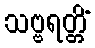
သဗ္ဗရတ္တိံ